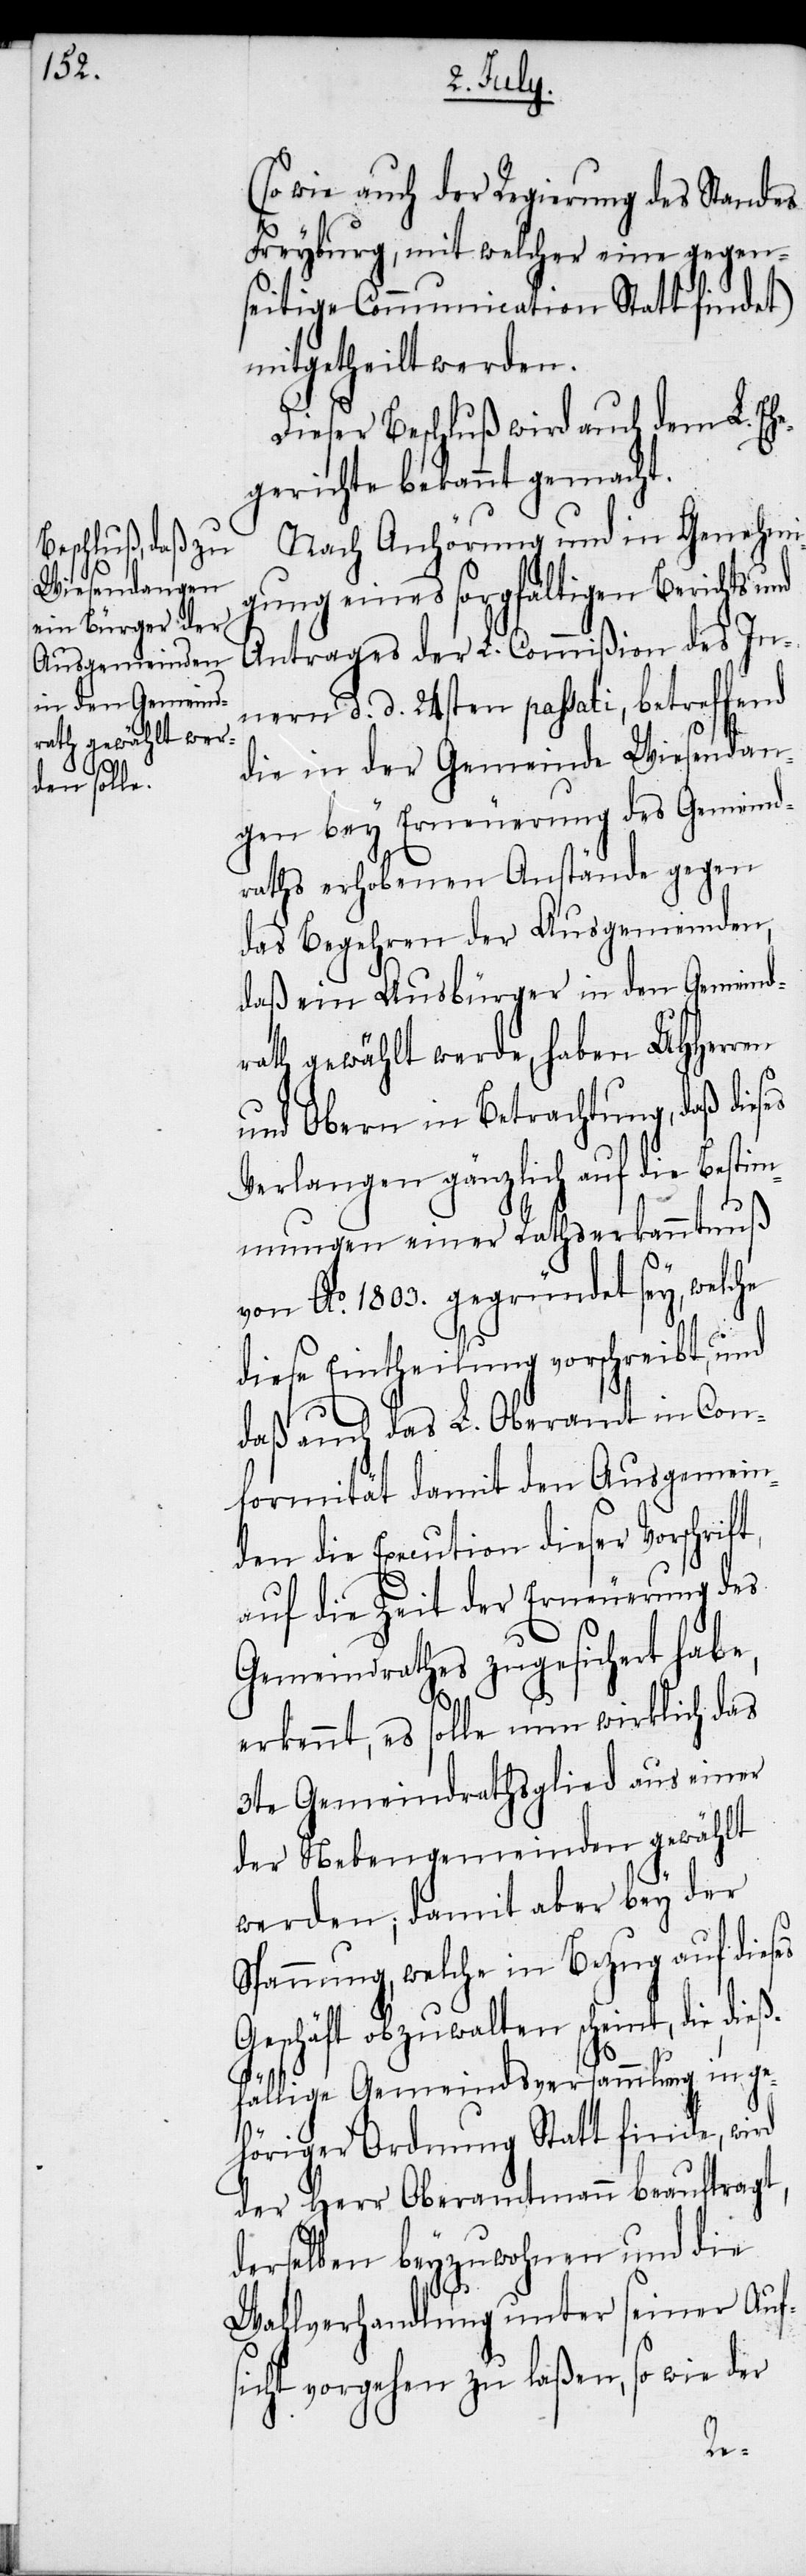
(so wie auch der Regierung des Standes
Freyburg, mit welcher eine gegen¬
seitige Communication Statt findet)
mitgetheilt werden.
Nach Anhörung und in Genehmi¬
gung eines sorgfältigen Berichts und
Antrages der L. Commißion des In¬
nern d. d. 24sten passati, betreffend
die in der Gemeinde Wiesendan¬
gen bey Erneuerung des Gemeind¬
raths erhobenen Anstände gegen
das Begehren der Ausgemeinden,
daß ein Ausbürger in den Gemeind¬
rath gewählt werde, haben UHHerren
und Obern in Betrachtung, daß dieses
Verlangen gänzlich auf die Bestim¬
mungen einer Rathserkanntnuß
von Ao. 1803. gegründet sey, welche
diese Eintheilung vorschreibt, und
daß auch das L. Oberamt in Con¬
formität damit den Ausgemein¬
den die Execution dieser Vorschrif¬
auf die Zeit der Erneuerung des
Gemeindrathes zugesichert habe,
erkennt, es solle nun wirklich das
3te Gemeindrathsglied aus einer
der Nebengemeinden gewählt
werden; damit aber bey der
Spannung, welche in Bezug auf dieses
Geschäft obzuwalten scheint, die dieß¬
fällige Gemeindsversammlung in ge¬
höriger Ordnung Statt finde, wird
der Herr Oberamtmann beauftragt,
derselben beyzuwohnen und die
Wahlverhandlung unter seiner Auf¬
sicht vorgehen zu laßen, so wie der
t,